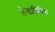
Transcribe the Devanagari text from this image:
लेखालिपिक